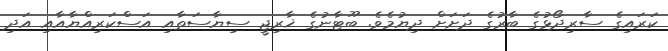
ކަރައިގެ ސާރިދޯޅުގެ ބާރުގެ ދަށަށް ދިޔުމެވެ. ބޫޓާނުގެ ޚާރިޖީ ސިޔާސަތާއި އަސްކަރިއްޔާއާއި އަދި